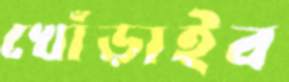
খোঁড়াইব